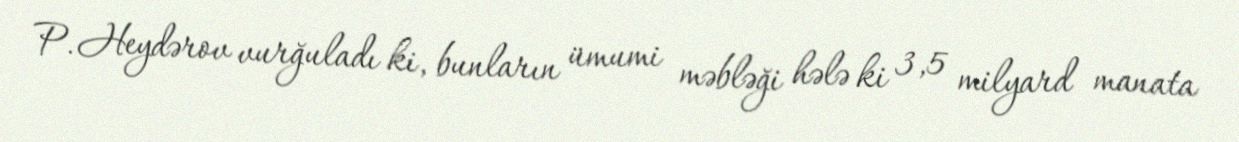
P. Heydərov vurğuladı ki, bunların ümumi məbləği hələ ki 3,5 milyard manata